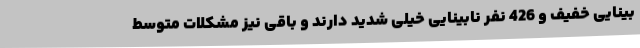
بینایی خفیف و 426 نفر نابینایی خیلی شدید دارند و باقی نیز مشکلات متوسط